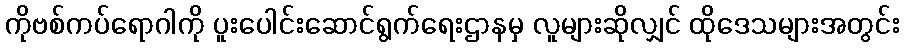
ကိုဗစ်ကပ်ရောဂါကို ပူးပေါင်းဆောင်ရွက်ရေးဌာနမှ လူများဆိုလျှင် ထိုဒေသများအတွင်း